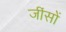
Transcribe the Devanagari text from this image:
जींसों